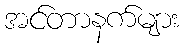
အင်တာနက်များ